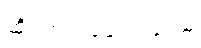
ဆိုင်ကယ်မောင်းနှင်သူ